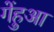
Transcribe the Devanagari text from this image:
गेंहुआ